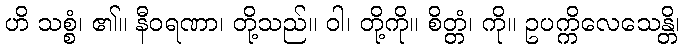
ဟိ သစ္စံ၊ ၏။ နီဝရဏာ၊ တို့သည်။ ဝါ၊ တို့ကို။ စိတ္တံ၊ ကို။ ဥပက္ကိလေသေန္တိ၊